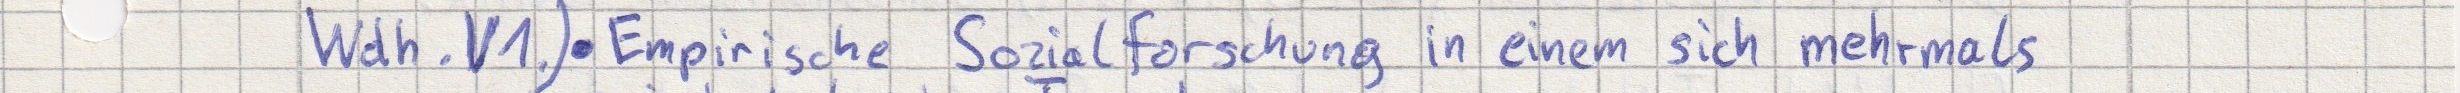
Wdh. V1.) - Empirische Sozialforschung in einem sich mehrmals